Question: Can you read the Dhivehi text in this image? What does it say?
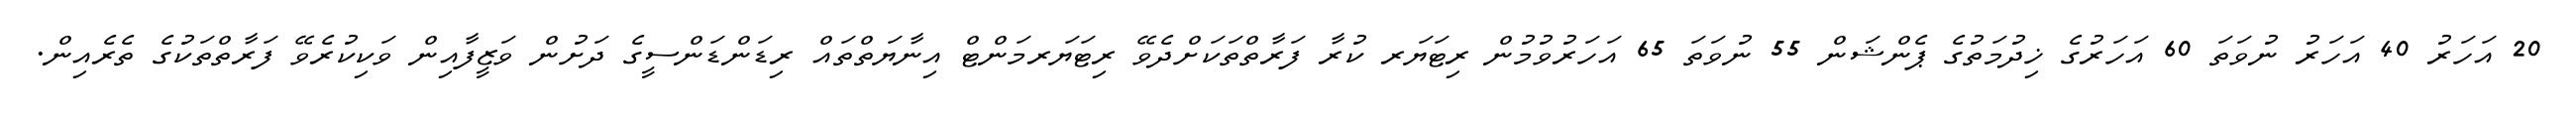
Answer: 20 އަހަރު 40 އަހަރު ނުވަތަ 60 އަހަރުގެ ޚިދުމަތުގެ ޕެންޝަން 55 ނުވަތަ 65 އަހަރުވުމުން ރިޓަޔަރ ކުރާ ފަރާތްތަކަށްދެވޭ ރިޓަޔަރމަންޓް އިނާޔަތްތައް ރިޑަންޑަންސީގެ ދަށުން ވަޒީފާއިން ވަކިކުރެވޭ ފަރާތްތަކުގެ ތެރެއިން.